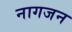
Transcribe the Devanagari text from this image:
नागजन